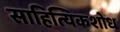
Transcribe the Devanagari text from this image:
साहित्यिकशोध